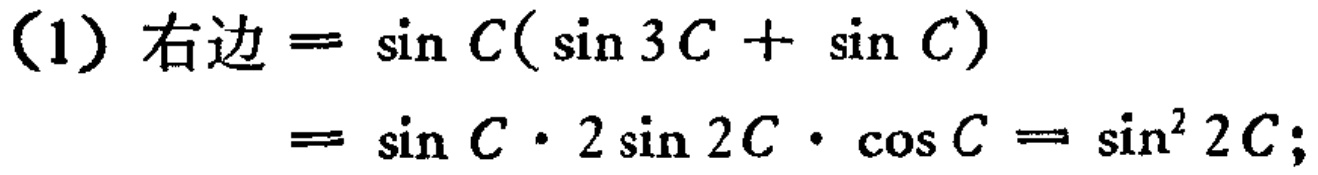
（1）右边$=\sin C(\sin 3C + \sin C)$
$=\sin C\cdot 2\sin 2C\cdot \cos C=\sin^{2} 2C$;